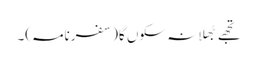
تجھے بُھلا نہ سکوں گا(سفرنامہ)۔